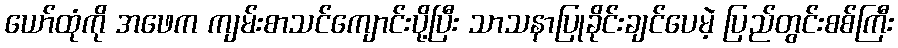
ယော်ထုံကို အဖေက ကျမ်းစာသင်ကျောင်းပို့ပြီး သာသနာပြုခိုင်းချင်ပေမဲ့ ပြည်တွင်းစစ်ကြီး